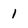
Character: 1